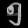
Digit: ၅